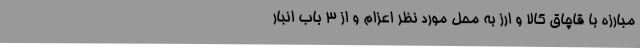
مبارزه با قاچاق کالا و ارز به محل مورد نظر اعزام و از 3 باب انبار